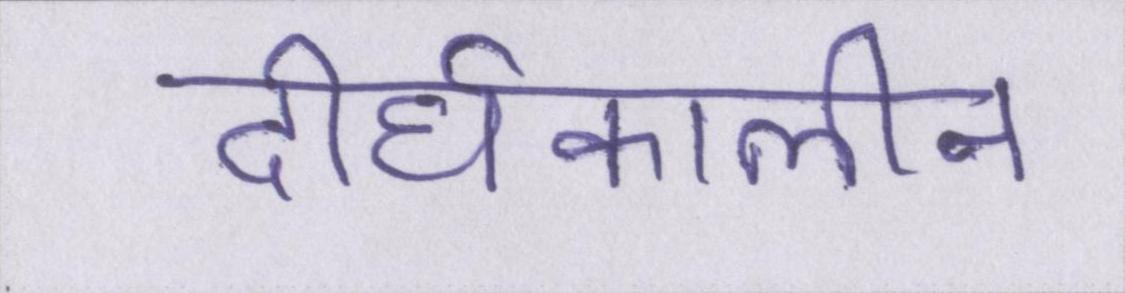
दीर्घकालीन